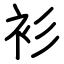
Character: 衫